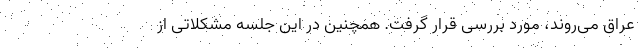
عراق می‌روند، مورد بررسی قرار گرفت. همچنین در این جلسه مشکلاتی از